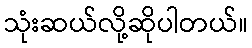
သုံးဆယ်လို့ဆိုပါတယ်။